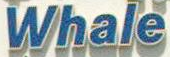
Whale